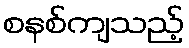
စနစ်ကျသည့်